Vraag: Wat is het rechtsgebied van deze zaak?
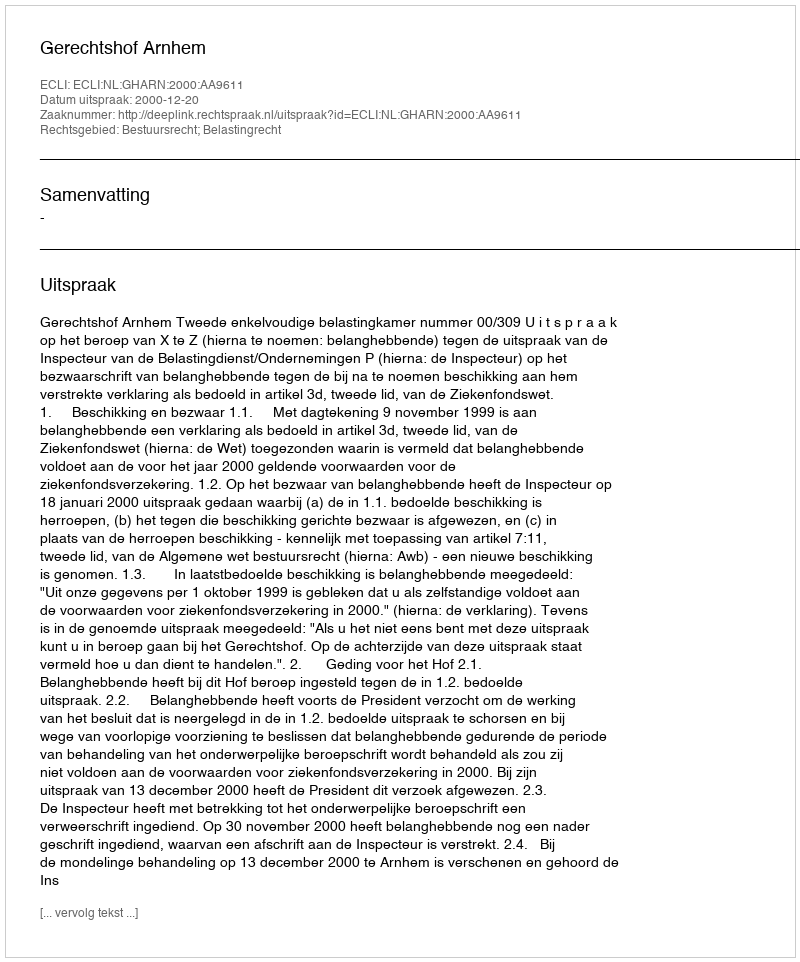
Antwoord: Bestuursrecht; Belastingrecht